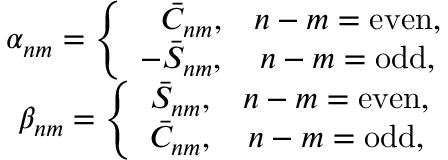
\begin{array} { c } { \alpha _ { n m } = \left\{ \begin{array} { c c } { \phantom { - } \bar { C } _ { n m } , } & { n - m = \mathrm { e v e n } , } \\ { - \bar { S } _ { n m } , } & { n - m = \mathrm { o d d } , } \end{array} \right. } \\ { \beta _ { n m } = \left\{ \begin{array} { c c } { \bar { S } _ { n m } , } & { n - m = \mathrm { e v e n } , } \\ { \bar { C } _ { n m } , } & { n - m = \mathrm { o d d } , } \end{array} \right. } \end{array}